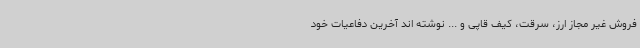
فروش غیر مجاز ارز، سرقت، کیف قاپی و ... نوشته اند آخرین دفاعیات خود